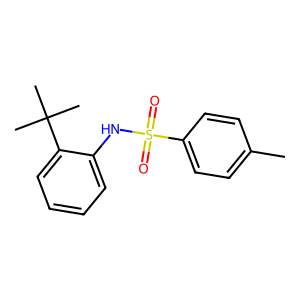
SMILES: Cc1ccc(S(=O)(=O)Nc2ccccc2C(C)(C)C)cc1
Inhibits HIV replication: No